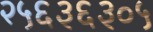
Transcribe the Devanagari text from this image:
२५६३६३०५